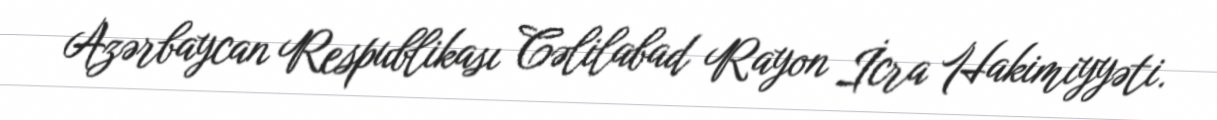
Azərbaycan Respublikası Cəlilabad Rayon İcra Hakimiyyəti.